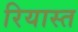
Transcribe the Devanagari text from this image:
रियास्त